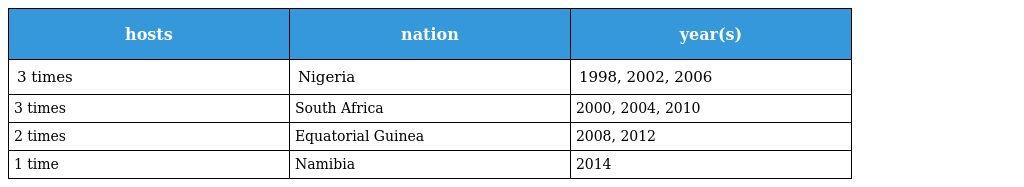
| hosts | nation | year(s) |
 | --- | --- | --- |
 | 3 times | Nigeria | 1998, 2002, 2006 |
 | 3 times | South Africa | 2000, 2004, 2010 |
 | 2 times | Equatorial Guinea | 2008, 2012 |
 | 1 time | Namibia | 2014 |